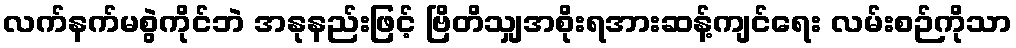
လက်နက်မစွဲကိုင်ဘဲ အနုနည်းဖြင့် ဗြိတိသျှအစိုးရအားဆန့်ကျင်ရေး လမ်းစဉ်ကိုသာ